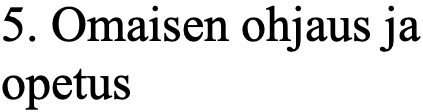
5. Omaisen ohjaus ja opetus